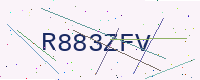
Text: R883ZFV